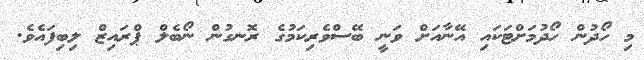
މި ހޯދުން ހޯދުމަށްޓަކައި އޭނާއަށް ވަނީ ބޭސްވެރިކަމުގެ ރޮނގުން ނޯބެލް ޕްރައިޒް ލިބިފައެވެ.